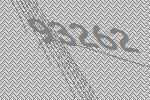
93262